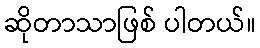
ဆိုတာသာဖြစ် ပါတယ်။